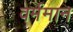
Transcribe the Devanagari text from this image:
वर्ममान